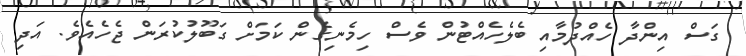
ގަސް އިންދާ ހެއްދުމާއި ބެލެހެއްޓުން ވެސް ހިމެނިގެން ކަމަށް ގަބޫލުކުރަން ޖެހެއެވެ. އަދި